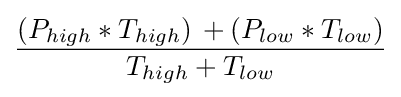
{\frac {(P_{high}*T_{high})\,+(P_{low}*T_{low})}{T_{high}+T_{low}}}